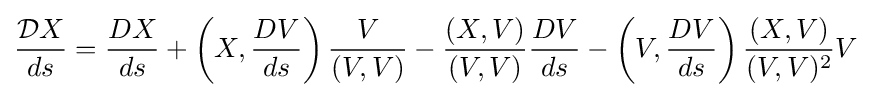
{\frac {{\mathcal {D}}X}{ds}}={\frac {DX}{ds}}+\left(X,{\frac {DV}{ds}}\right){\frac {V}{(V,V)}}-{\frac {(X,V)}{(V,V)}}{\frac {DV}{ds}}-\left(V,{\frac {DV}{ds}}\right){\frac {(X,V)}{(V,V)^{2}}}V